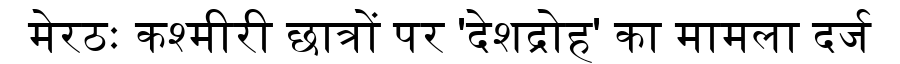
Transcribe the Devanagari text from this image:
मेरठः कश्मीरी छात्रों पर 'देशद्रोह' का मामला दर्ज